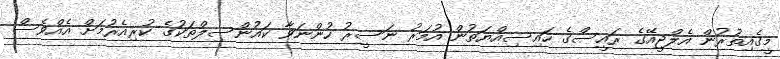
މީގެއިތުރުން އެލްޖީއޭގެ ރައީސްގެ ހައިސިއްޔަތުން އުމަރު ނަސީރު ހުންނަވާ ކައުންސިލްތަކުގެ ކުރިއެރުމަށް އެއްވެސް